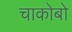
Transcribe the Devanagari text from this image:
चाकोबो